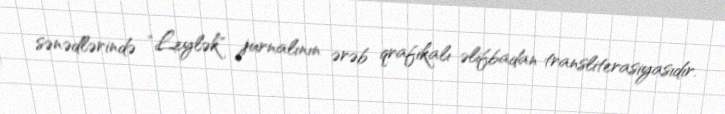
sənədlərində "Leylək" jurnalının ərəb qrafikalı əlifbadan transliterasiyasıdır.